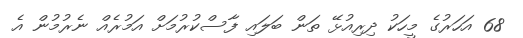
68 އަހަރުގެ މީހަކު ދިރިއުޅޭ ތަން ބަލައި ފާސްކުރުމަށް އަމުރެއް ނެރުމުން އެ